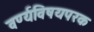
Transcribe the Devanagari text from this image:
वर्ण्यविषयपरक